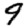
Digit: 9